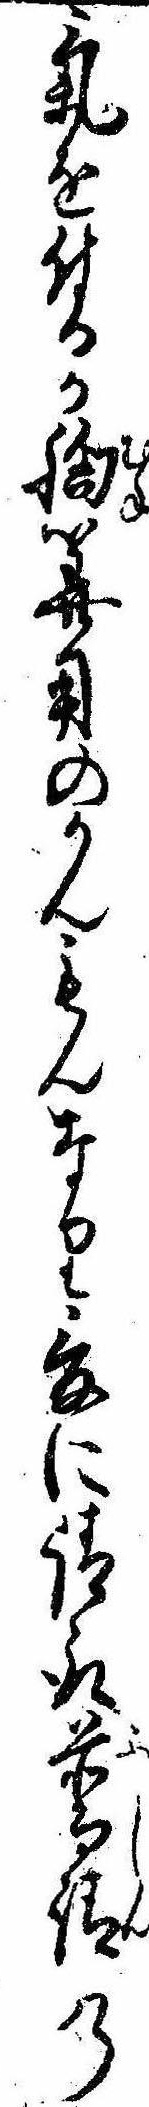
気を付るか胸算用のかんもんなり爰に請取普請の